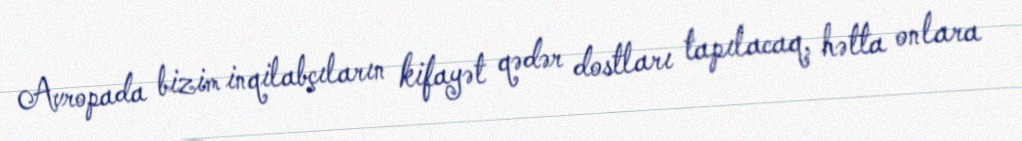
Avropada bizim inqilabçıların kifayət qədər dostları tapılacaq, hətta onlara